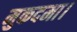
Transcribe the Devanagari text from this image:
मुकदमा।